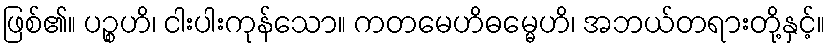
ဖြစ်၏။ ပဉ္စဟိ၊ ငါးပါးကုန်သော။ ကတမေဟိဓမ္မေဟိ၊ အဘယ်တရားတို့နှင့်။